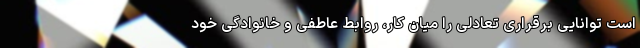
است توانایی برقراری تعادلی را میان کار، روابط عاطفی و خانوادگی خود